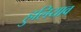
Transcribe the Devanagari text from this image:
हुलियाव